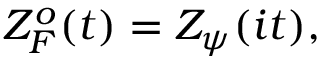
Z _ { F } ^ { o } ( t ) = Z _ { \psi } ( i t ) ,